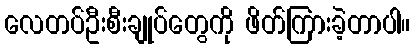
လေတပ်ဦးစီးချုပ်တွေကို ဖိတ်ကြားခဲ့တာပါ။